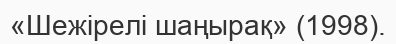
«Шежірелі шаңырақ» (1998).